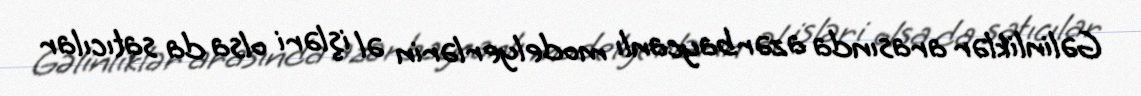
Gəlinliklər arasında azərbaycanlı modelyerlərin əl işləri olsa da satıcılar